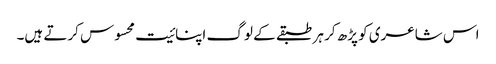
اس شاعری کو پڑھ کر ہر طبقے کے لوگ اپنائیت محسوس کرتے ہیں۔